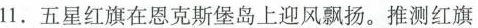
11.五星红旗在恩克斯堡岛上迎风飘扬。推测红旗